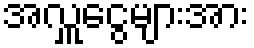
အလှူငွေများအား